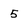
Character: 5